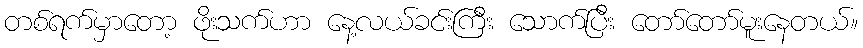
တစ်ရက်မှာတော့ ဖိုးသက်ဟာ နေ့လယ်ခင်းကြီး သောက်ပြီး တော်တော်မူးနေတယ်။